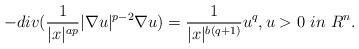
LaTeX: \begin{align*} -div(\frac{1}{|x|^{ap}}|\nabla u|^{p-2}\nabla u)=\frac{1}{|x|^{b(q+1)}}u^q, u>0~in ~R^n.\end{align*}